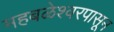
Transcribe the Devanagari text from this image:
महबळेश्वरपासून